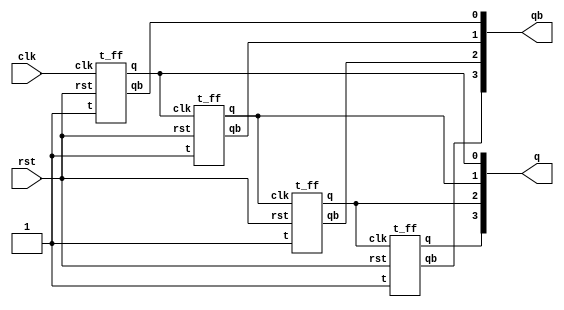
//	DOWN Counter RTL
module down_T(	
		input clk, 
		input rst, 
		output [3:0]q,	// Use wire
		output [3:0]qb	// Use wire not reg
	);

// This is not Procedural statement.
// Do not use REG for output here

	t_ff t0(1'b1,	rst,	clk,	q[0],	qb[0]);
	t_ff t1(1'b1,	rst,	q[0],	q[1],	qb[1]);
	t_ff t2(1'b1,	rst,	q[1],	q[2],	qb[2]);
	t_ff t3(1'b1,	rst,	q[2],	q[3],	qb[3]);

endmodule





// T FLIP Flop Block
module t_ff(
		input t,
		input rst,
		input clk,

		output reg q,
		output reg qb	);

always @(posedge clk or negedge rst)
begin
	if(!rst)
		begin 
		q 	= 	1'b0;
		qb 	= 	~q;
		end

	else if(t)
		begin
		q 	=	~q;
		qb	=	~q;	
		end

	else	
		begin
			q	=	 q;
			qb	=	~q;
		end
end

endmodule